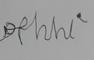
Signature authenticity: forged